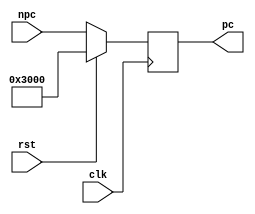
`timescale 1ns / 1ps
//////////////////////////////////////////////////////////////////////////////////
// Company: 
// Engineer: 
// 
// Design Name: 
// Module Name: pc
// Project Name: 
// Target Devices: 
// Tool Versions: 
// Description: 
// 
// Dependencies: 
// 
// Revision:
// Revision 0.01 - File Created
// Additional Comments:
// 
//////////////////////////////////////////////////////////////////////////////////


module pc (
    input 		        clk,
	input 		        rst,
	input       [31:0]  npc,
    output reg	[31:0]	pc
	);

	always @ ( posedge clk )
	   begin
	       if (rst)
	           pc <= 32'h00003000;
		   else
		       pc <= npc;
	   end
	   
endmodule